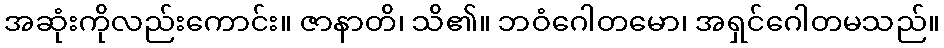
အဆုံးကိုလည်းကောင်း။ ဇာနာတိ၊ သိ၏။ ဘဝံဂေါတမော၊ အရှင်ဂေါတမသည်။